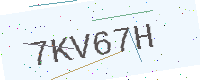
Text: 7KV67H